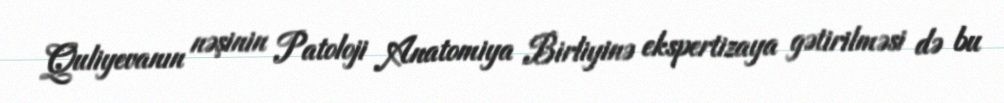
Quliyevanın nəşinin Patoloji Anatomiya Birliyinə ekspertizaya gətirilməsi də bu